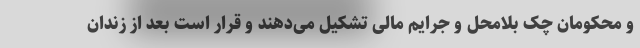
و محکومان چک بلامحل و جرایم مالی تشکیل می‌دهند و قرار است بعد از زندان